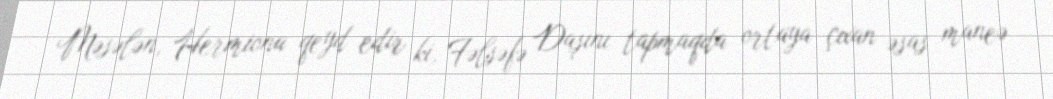
Məsələn, Hermiona qeyd edir ki, Fəlsəfə Daşını tapmaqda ortaya çıxan əsas maneə